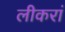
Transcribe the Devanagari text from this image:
लीकरां